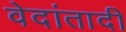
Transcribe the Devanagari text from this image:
वेदांतादी